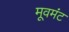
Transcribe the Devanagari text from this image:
मूवमंट